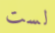
لست